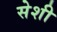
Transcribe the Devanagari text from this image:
सेशी